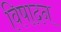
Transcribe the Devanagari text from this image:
विषादन